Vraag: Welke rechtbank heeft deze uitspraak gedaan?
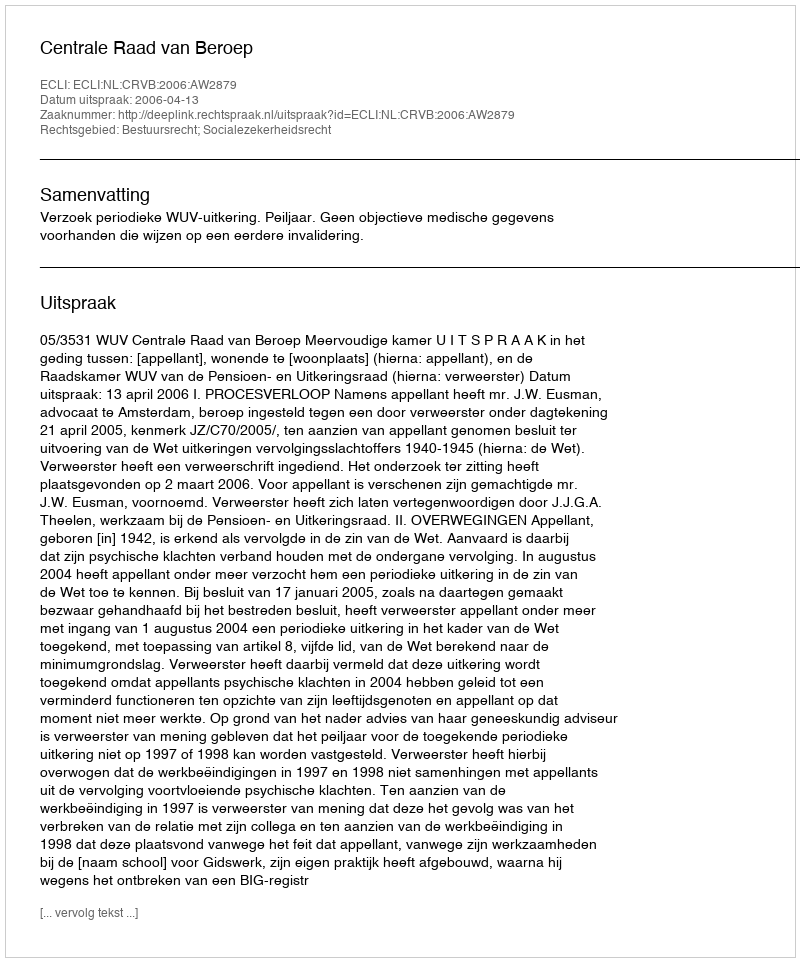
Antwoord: Centrale Raad van Beroep